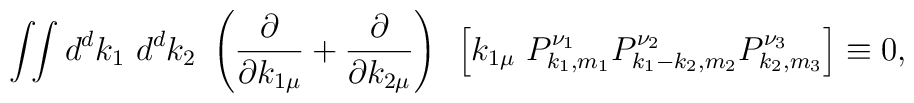
\int \!\! \int d^dk_1~d^dk_2~\left( \frac{\partial}{\partial k_{1\mu}}+\frac{\partial}{\partial k_{2\mu}} \right)~\left[ k_{1\mu}~P_{k_1,m_1}^{\nu_1}P_{k_1-k_2,m_2}^{\nu_2}P_{k_2,m_3}^{\nu_3} \right] \equiv 0,